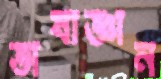
ভাষাজ্ঞান